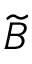
\widetilde { B }